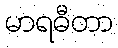
မာရဓီတာ